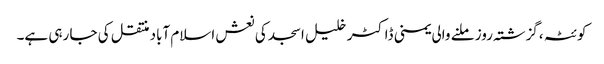
کوئٹہ ،گزشتہ روز ملنے والی یمنی ڈاکٹر خلیل اسجد کی نعش اسلام آباد منتقل کی جا رہی ہے۔